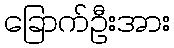
ခြောက်ဦးအား